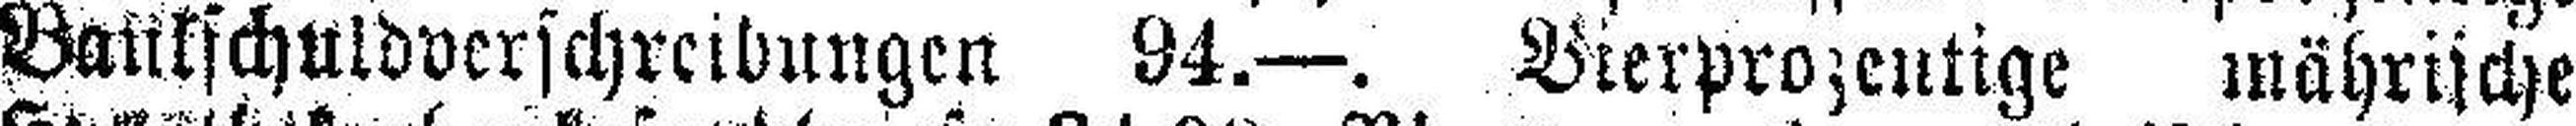
Bankshuldverschreibungen 94.—. Vierprozentige mährische